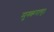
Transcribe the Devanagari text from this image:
मुस्कराए।